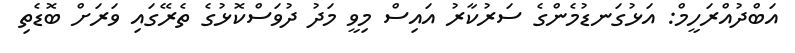
އަބްދުއްރަހީމް: އަޅުގަނޑުމެންގެ ސަރުކާރު އައިސް މިވީ މަދު ދުވަސްކޮޅުގެ ތެރޭގައި ވަރަށް ބޮޑެތި